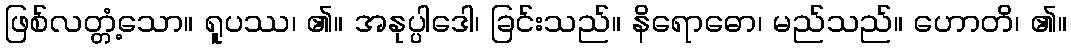
ဖြစ်လတ္တံ့သော။ ရူပဿ၊ ၏။ အနုပ္ပါဒေါ၊ ခြင်းသည်။ နိရောဓော၊ မည်သည်။ ဟောတိ၊ ၏။